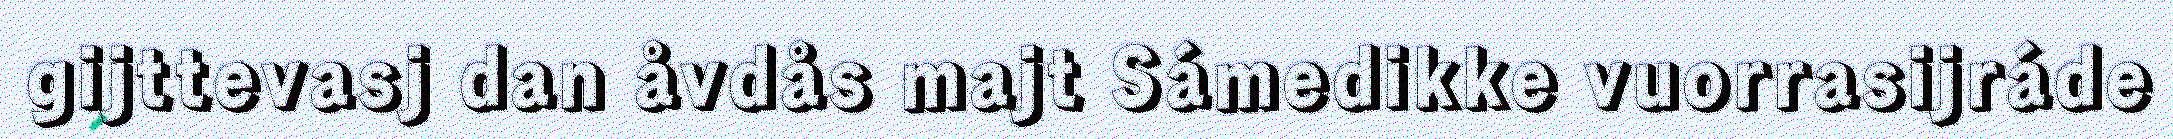
gijttevasj dan åvdås majt Sámedikke vuorrasijráde